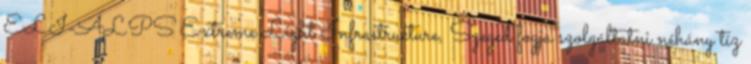
ELI-ALPS Extreme Light Infrastructure, Szeged fogja szolgáltatni néhány tíz